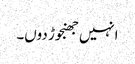
انہیں جھنجوڑ دوں۔